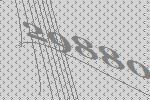
29880